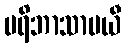
ပရိဘာသာပယီ